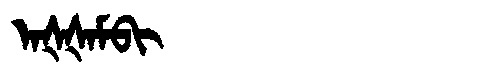
Manchu: ᠠᡧᡧᠠᠮᠪᡳ
Romanization: AŠŠAMBI